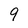
Character: 9